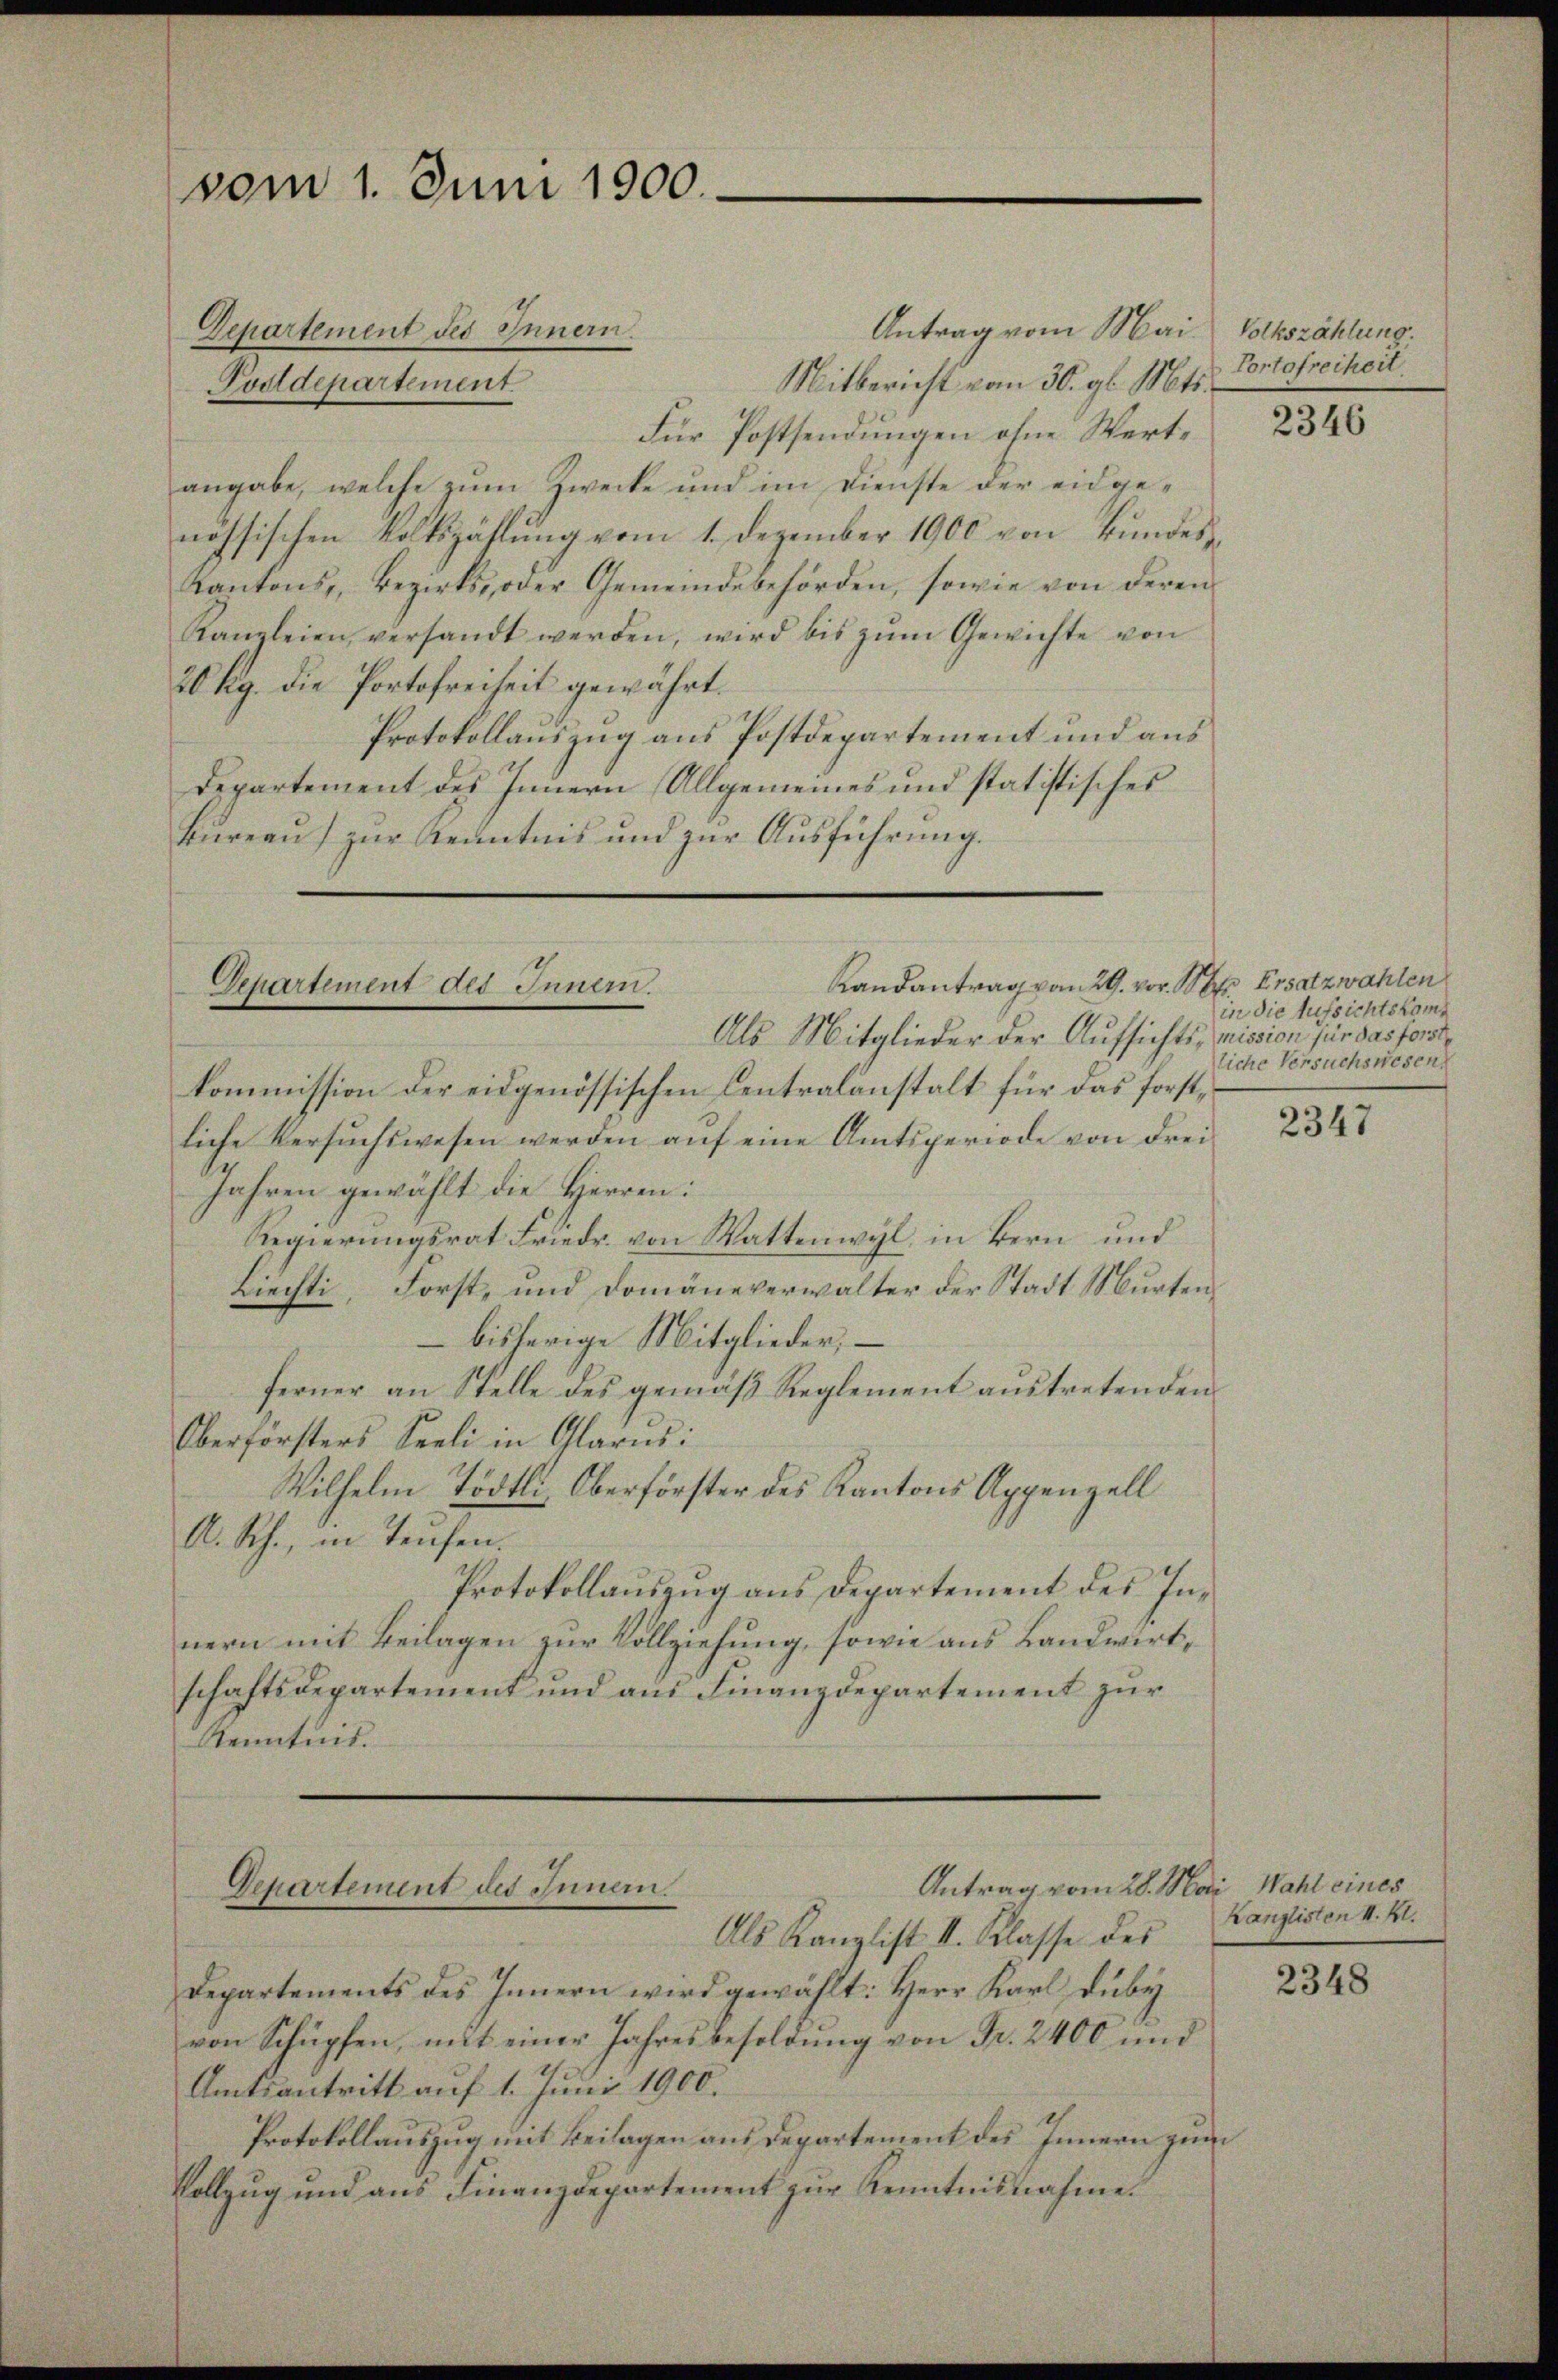
vom 1. Juni 1900.

Antrag vom Mai. Volkszählung.
Gepartement des Innern.
Mitbericht vom 30. gl. Mts.
Polldepartement.
Für Postsendungen ohne Wertangabe, welche zum Zwecke und im Dienste der eidgenössischen Volkszählŭng vom 1. Dezember 1900 von Bŭndes-
Kantons-, Bezirks- oder Gemeindebehörden, sowie von deren
Kanzleien versandt werden, wird bis zŭm Gewichte von
20 kg. die Portofreiheit gewährt.
Protokollauszug aus Postdepartement und aus
Departement des Innern Allgemeines und statistisches
Büreaŭ zŭr Kenntnis und zŭr Aŭsführŭng.

Randantrag vom 29. vor. Mts. Ersatzwahlen
Gepartement des Innern.

Als Mitglieder der Aufsichts- mission für das forstkommission der eidgenössischen Centralanstalt für das forstliche Versuchswesen werden auf eine Amtsperiode von drei
Jahren gewählt die Herren:
Regierungsrat Friedr. von Wattenwyl, in Bern und
Liechti, Forst, und Domäneverwalter der Stadt Murten,
bisherige Mitglieder, –
ferner an Stelle des gemäβ Reglement austretenden
Oberförsters Seeli in Glarus:
Wilhelm Tödtli, Oberförster des Kantons Appenzell
A. Sch., in Teufen.
Protokollauszug aus Departement des Innern mit Beilagen zur Vollziehung, sowie aus Landwirtschaftsdepartement und aŭs Finanzdepartement zŭr
Kenntnis.

Antrag vom 28. Mai Wahl eines
Gepartement des Innern.
Als Kanzlist II. Klasse des

Departements des Innern wird gewählt: Herr Karl Duby
von Schüpfen, mit einer Jahresbesoldung von Fr. 2400 und
Amtsantritt auf 1. Juni 1900.
Protokollauszug mit Beilagen aus Departement des Innern zum
Vollzug und ans Finanzdepartement zŭr Kenntnisnahme.

Portofreiheit

2346

in die Aufsichtskom
liche Versuchswesen

2347

Kanzlisten v. M.

2348